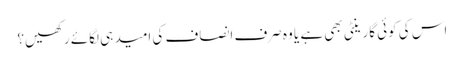
اس کی کوئی گارینٹی بھی ہے یا وہ صرف انصاف کی امید ہی لگائے رکھیں؟